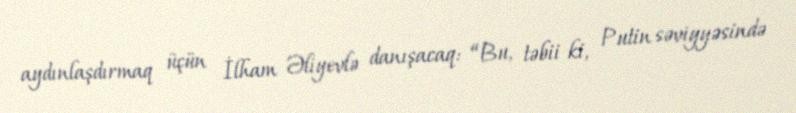
aydınlaşdırmaq üçün İlham Əliyevlə danışacaq: “Bu, təbii ki, Putin səviyyəsində